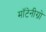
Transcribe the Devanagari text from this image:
मॉटेनीग्रो